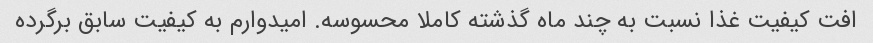
افت کیفیت غذا نسبت به چند ماه گذشته کاملا محسوسه. امیدوارم به کیفیت سابق برگرده